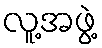
လူ့အဖွဲ့